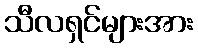
သီလရှင်များအား